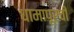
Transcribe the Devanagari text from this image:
धामापूरची